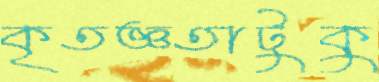
কৃতজ্ঞতাটুকু